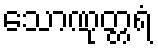
သောဏုတ္တရံ